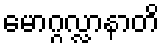
မောဂ္ဂလ္လာနာတိ